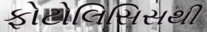
ફોટોલિસિસથી